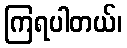
ကြရပါတယ်၊